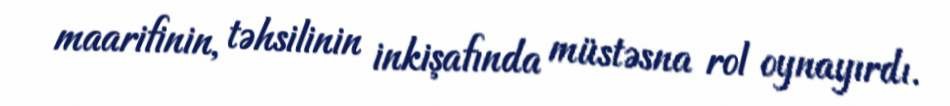
maarifinin, təhsilinin inkişafında müstəsna rol oynayırdı.